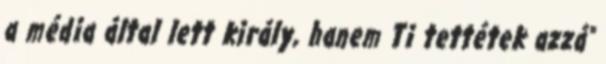
a média által lett király, hanem Ti tettétek azzá"